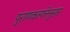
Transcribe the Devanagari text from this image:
पुराणकल्पनेनुसार